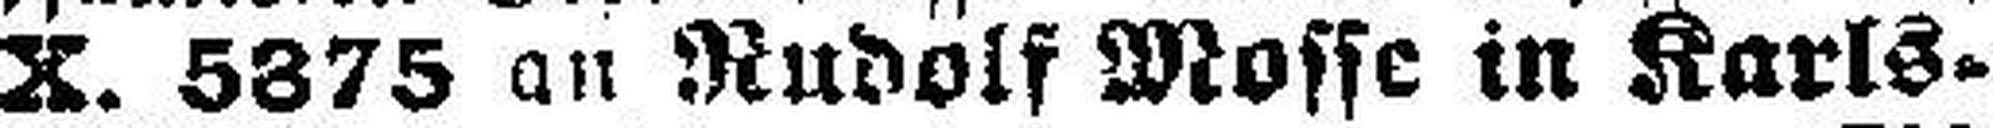
X. 5375 an Rudolf Mosse in Karls¬